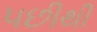
પછીથી